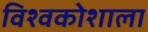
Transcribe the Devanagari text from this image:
विश्वकोशाला